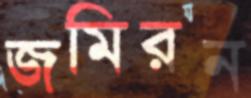
জমিরন